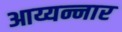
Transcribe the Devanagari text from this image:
आय्यन्नार